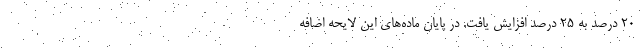
۲۰ درصد به ۲۵ درصد افزایش یافت. در پایان ماده‌های این لایحه اضافه